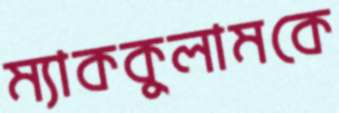
ম্যাককুলামকে